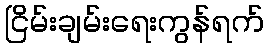
ငြိမ်းချမ်းရေးကွန်ရက်